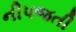
નીપજતી